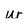
Character: w